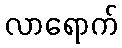
လာရောက်